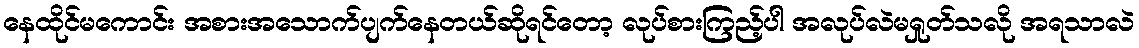
နေထိုင်မကောင်း အစားအသောက်ပျက်နေတယ်ဆိုရင်တော့ လုပ်စားကြည့်ပါ အလုပ်လဲမရှုတ်သလို အရသာလဲ